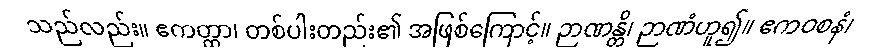
သည်လည်း။ ဧကတ္ထာ၊ တစ်ပါးတည်း၏ အဖြစ်ကြောင့်။ ဉာဏန္တိ၊ ဉာဏံဟူ၍။ ဧကဝစနံ၊